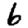
Digit: 6